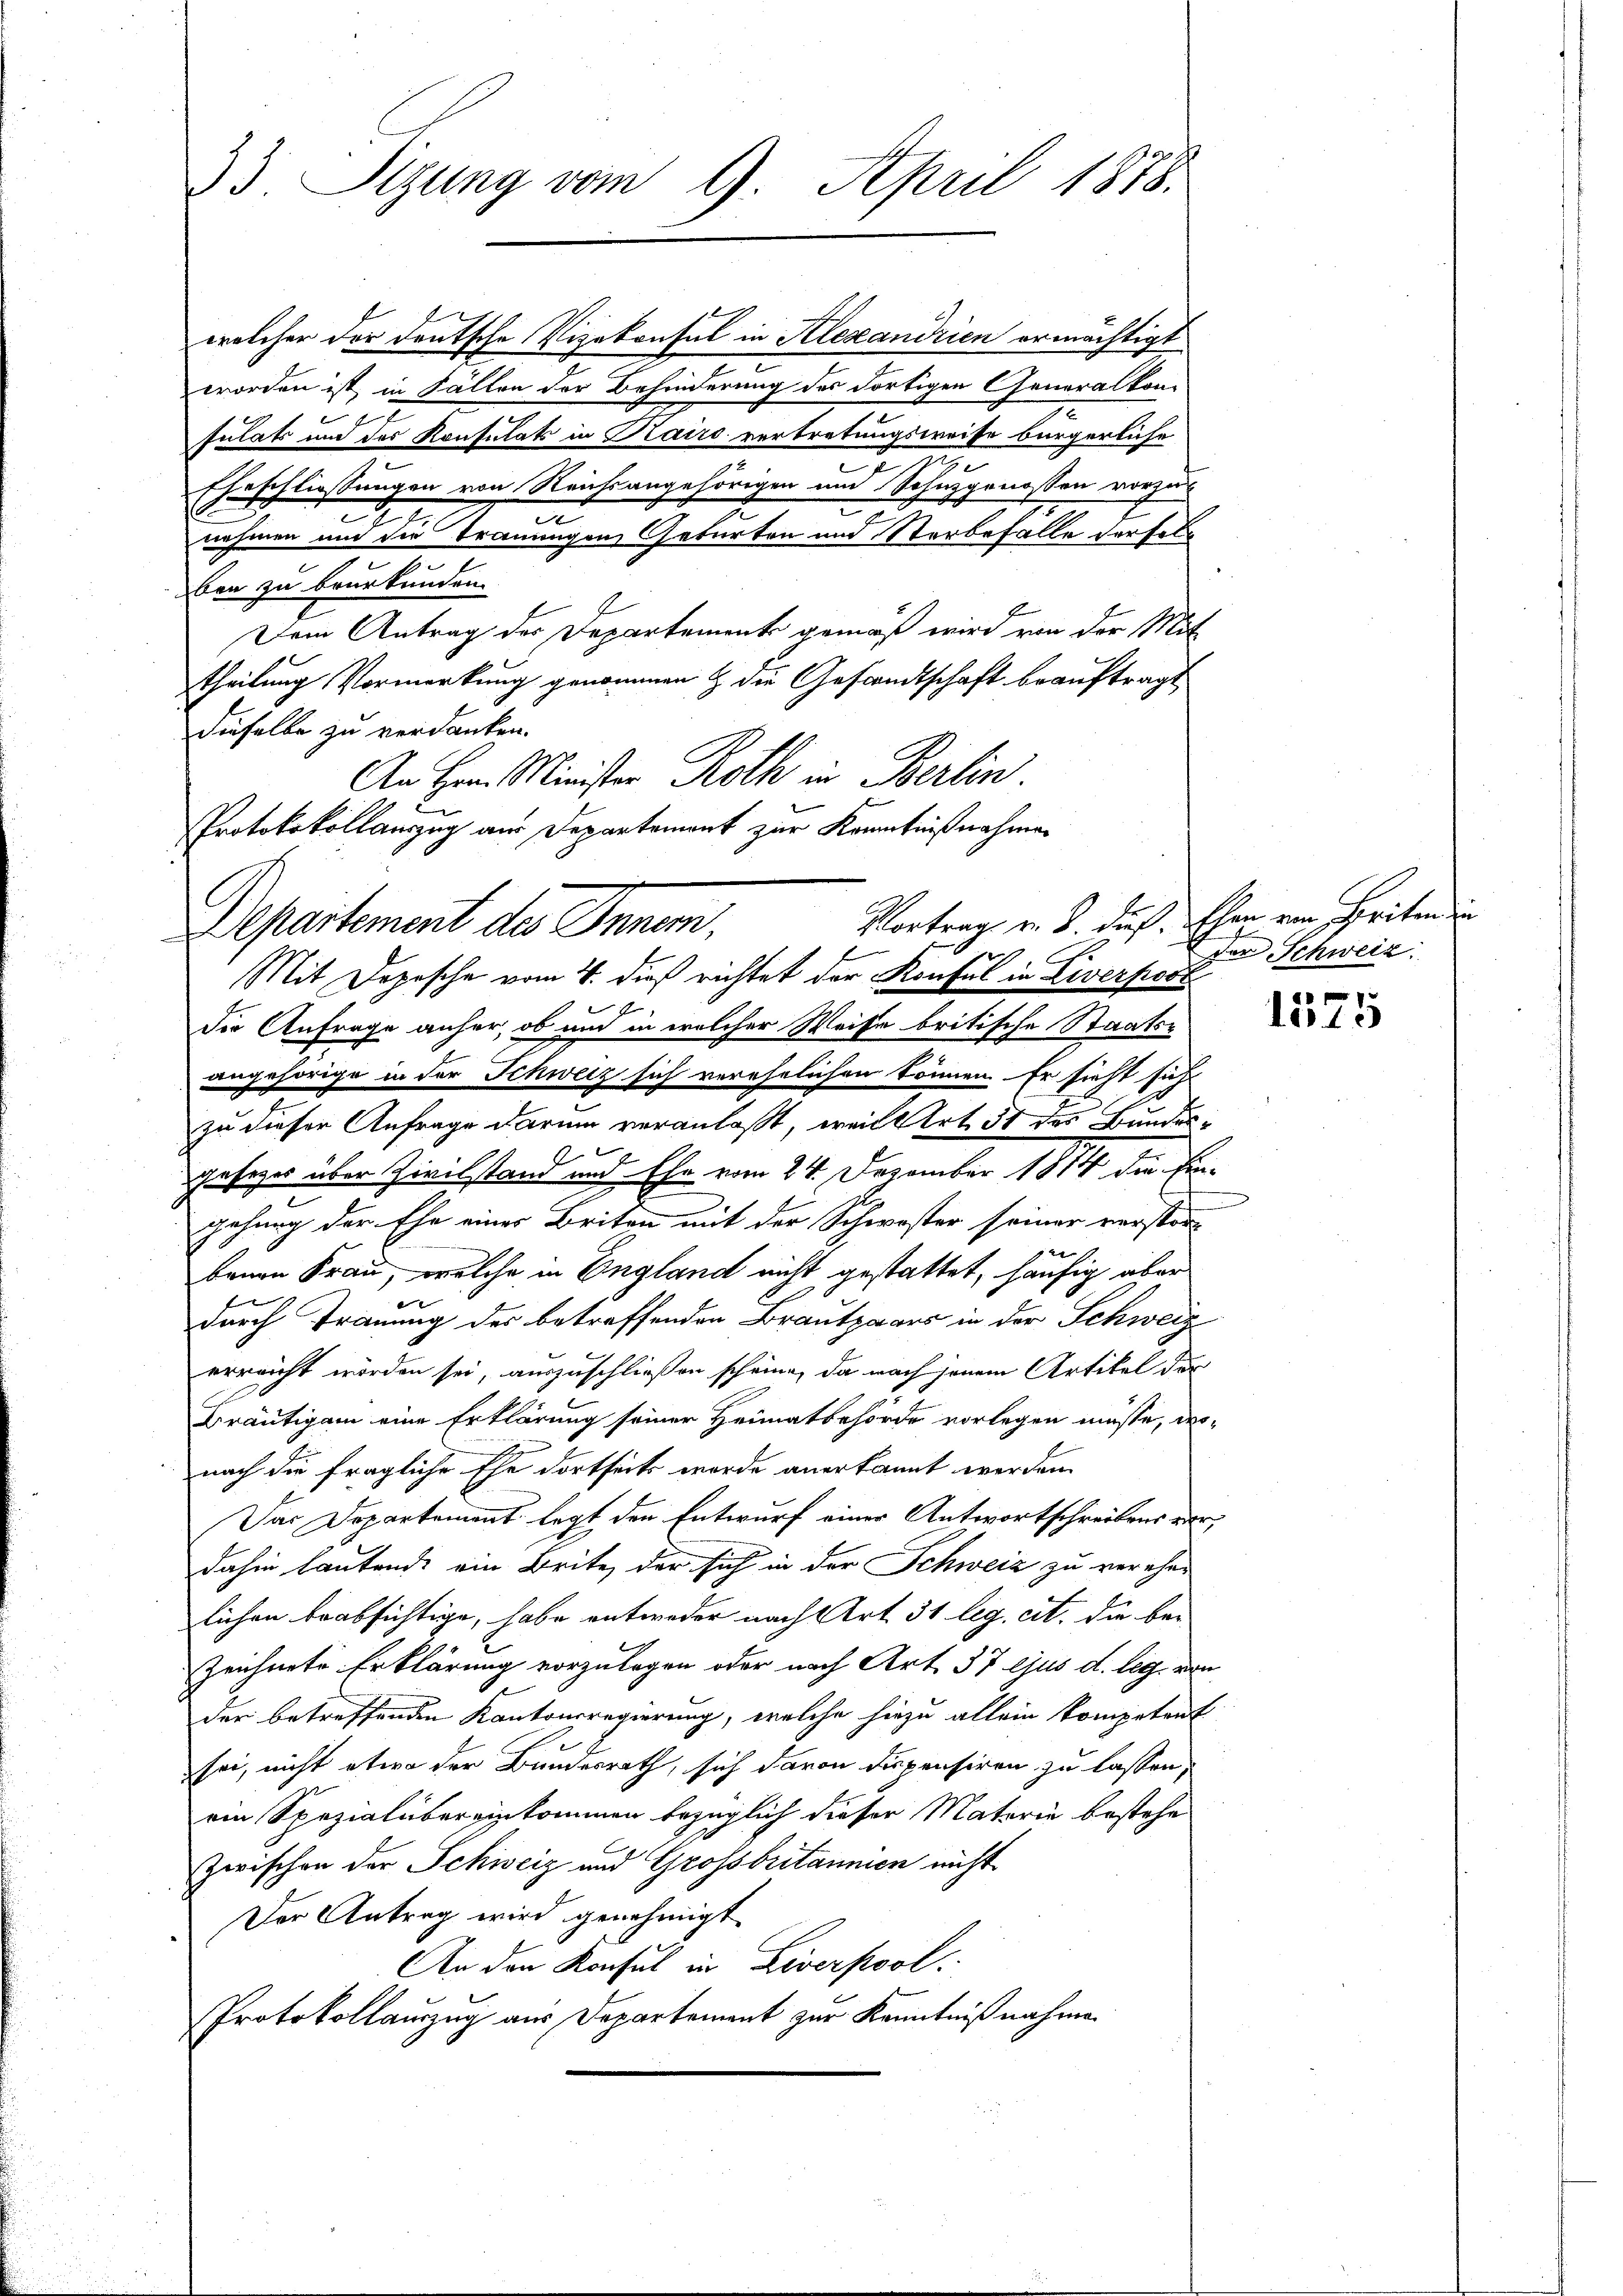
33. Sizung vom 9. April 1878.

welcher der deutsche Vizekonsul in Alexandrien ermächtigt
worden ist in Fällen der Behinderung des dortigen Generalkom
sulats und des Konsulats in Kairo vertretungsweise bürgerliche
Eheschließungen von Reichsangehörigen und Schuzgenossen vorzunehmen und die Trauungen Geburten und Sterbefalle dersel¬
.
ben zu beurkunden.
Dem Antrag des Departements gemäß wird von der Mit
theilung Vormerkung genommen & die Gesandtschaft beauftragt
dieselbe zu verdanken.
An Hrn. Minister Roth in Berlin
Protokokollanzug aus Departement zur Kenntnißnahmen

Vortrag v. B. dieß. Ehen von Seiten in
Departement des Innen.
u
Mit Depesche vom 4. dieß richtet der Konsul in Diverposi

Die Anfrage anher, ob und in welcher Weise britische Staatsangehörige in der Schweiz sich verehelichen können Er sieht sich
zu dieser Anfrage darum veranlaßt, weil Art. 31 des Bundesx
s
gesezes über Zivilstand und Ehe vom 24. Dezember 1884 die Eingehung der Ehe einer Britann mit der Schwester seiner verstor
2
benen Frau, welche in England nicht gestattet, häufig aber
durch Trauung des betreffenden Brautpaars in der Schweiz
erreicht worden sei, auszuschließen scheine, da nach jenem Artikel der
Bräutigam eine Erklärung seiner Heimatbehörde vorlegen müsse, wo-
nach die fragliche Ehe dortseits wurde anerkannt werden.
Das Departement legt den Entwurf einer Antwortschreibens verdahin lautend ein Brite der sich in der Schweiz zu vereher
lichen beabsichtige, habe entweder nach Art. 31 leg. cit. die bei
Zeichnete Erklärung vorzulegen oder nach Art. 37 ejus d. leg. von
der betreffenden Kantonsregierung, welche hiezu allein kompetent
sei, nicht etwa der Bundesrath, sich davon dupensiren zu lassen,
ein Spezialübereinkommen bezüglich dieser Materie bestehe
Zwischen der Schweiz und Grossbritannien nicht
Der Antrag wird genehmigt
An den Konsul in Liverpool
Protokollauszug aus Departement zur Kenntnißnahme

der Schweiz.

1575